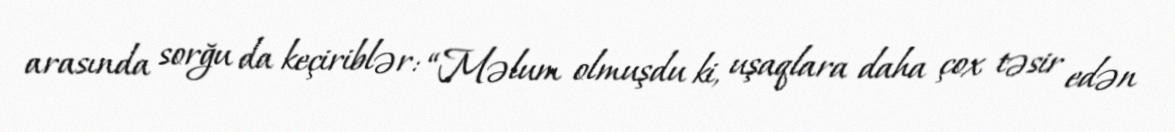
arasında sorğu da keçiriblər: “Məlum olmuşdu ki, uşaqlara daha çox təsir edən